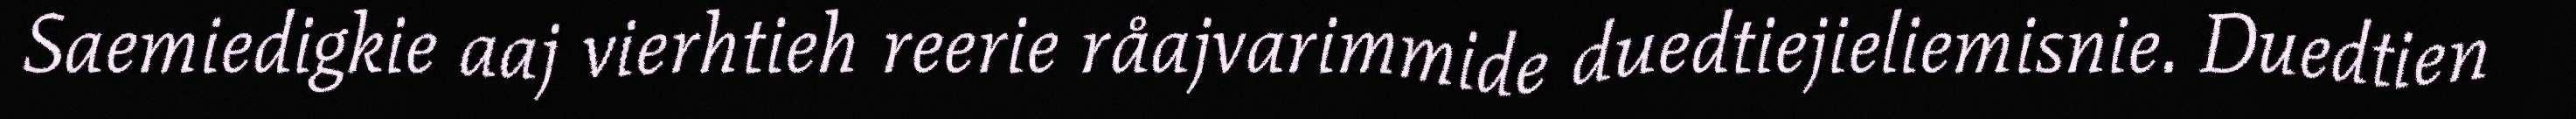
Saemiedigkie aaj vierhtieh reerie råajvarimmide duedtiejieliemisnie. Duedtien